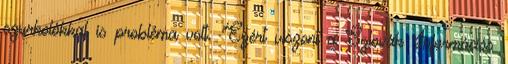
szurkolókkal is probléma volt. "Ezért viszont a Szlovák Információs